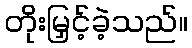
တိုးမြှင့်ခဲ့သည်။